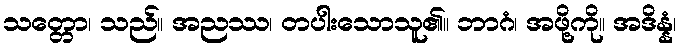
သတ္တော၊ သည်။ အညဿ၊ တပါးသောသူ၏။ ဘာဂံ၊ အဖို့ကို။ အဒိန္နံ၊